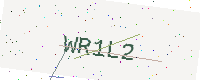
Text: WR1L2